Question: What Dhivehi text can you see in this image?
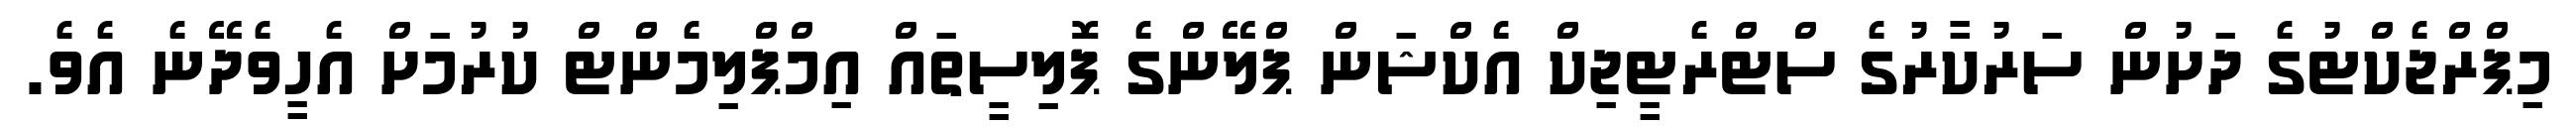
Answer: މިޕްރްޖެކްޓުގެ ދަށުން ސަރުކާރުގެ ސްޓްރެޓީޖިކް އެކްޝަން ޕްލޭންގެ ޕޮލިސީތައް އިމްޕްލިމެންޓް ކުރުމަށް އެހީވެދޭނެ އެވެ.